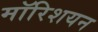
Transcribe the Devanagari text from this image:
मॉरिशयन